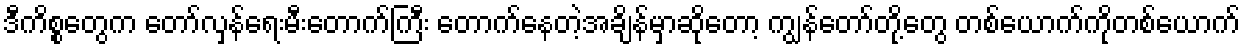
ဒီကိစ္စတွေက တော်လှန်ရေးမီးတောက်ကြီး တောက်နေတဲ့အချိန်မှာဆိုတော့ ကျွန်တော်တို့တွေ တစ်ယောက်ကိုတစ်ယောက်